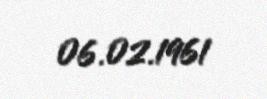
06.02.1961